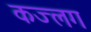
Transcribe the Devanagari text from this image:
कज्लग